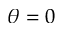
\theta = 0